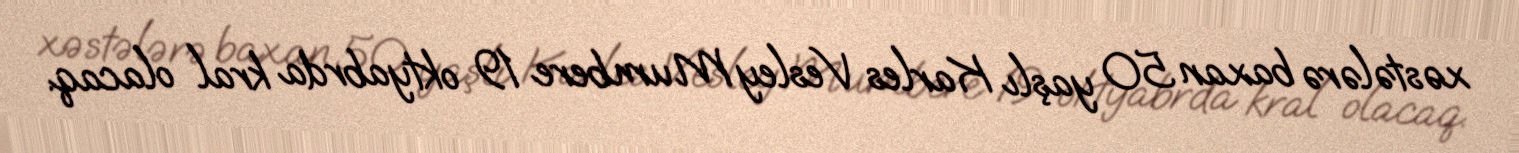
xəstələrə baxan 50 yaşlı Karles Vesley Mumbere 19 oktyabrda kral olacaq.